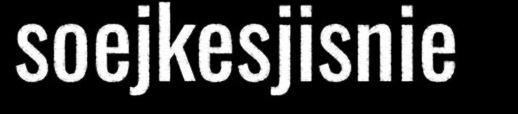
soejkesjisnie